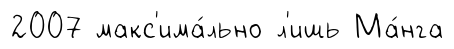
2007 макс'има́льно л'ишь Ма́нга